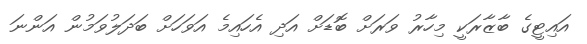
އައިޓީގެ ބާޒާރަކީ މިހާރު ވަރަށް ބޮޑަށް އަދި އެހައިމެ އަވަހަށް ބަދަލުވަމުން އަންނަ